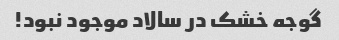
گوجه خشک در سالاد موجود نبود!